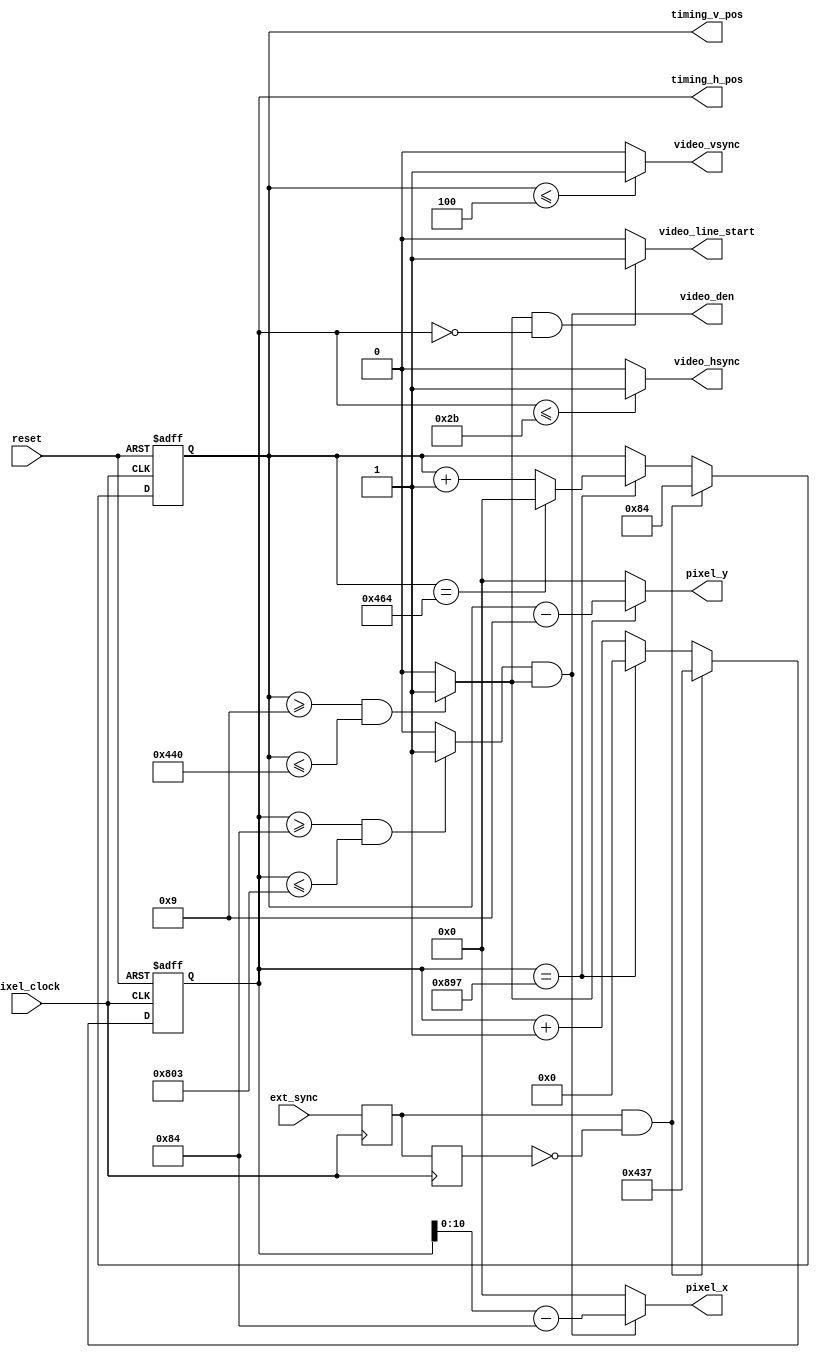
// ==================================================
//  ____         _                ____                      
// | __ )  _ __ (_)  __ _  _ __  / ___|  _   _  _ __    ___ 
// |  _ \ | '__|| | / _` || '_ \ \___ \ | | | || '_ \  / _ \
// | |_) || |   | || (_| || | | | ___) || |_| || | | ||  __/
// |____/ |_|   |_| \__,_||_| |_||____/  \__,_||_| |_| \___|
//                                                          
// ==================================================
// Programed By: BrianSune
// Contact: briansune@gmail.com
// ==================================================

`timescale 1ns / 1ps

module video_timing_ctrl#(
	//total visible and blanking pixels per line
	parameter video_hlength = 2200,
	//total visible and blanking lines per frame
	parameter video_vlength = 1125,
	//hsync polarity: true for positive sync, false for negative sync (does not affect framebuffer outputs)
	parameter video_hsync_pol = 1'b1,
	parameter video_hsync_len = 44, //horizontal sync length in pixels
	parameter video_hbp_len = 88, //horizontal back porch length (excluding sync)
	parameter video_h_visible = 1920, //number of visible pixels per line
	//vsync polarity: true for positive sync, false for negative sync
	parameter video_vsync_pol = 1'b1,
	parameter video_vsync_len = 5, //vertical sync length in lines
	parameter video_vbp_len = 4, //vertical back porch length (excluding sync)
	parameter video_v_visible = 1080, //number of visible lines per frame
	parameter sync_v_pos = 132,
	parameter sync_h_pos = 1079
)(
	input wire		pixel_clock,
	//active high async reset
    input wire		reset,
    //External sync input
    input wire		ext_sync,

    //Timing and pixel coordinate outputs
    output wire	[$clog2(video_hlength) - 1 : 0]		timing_h_pos,
    output wire	[$clog2(video_vlength) - 1 : 0]		timing_v_pos,
    output wire	[$clog2(video_h_visible) - 1 : 0]	pixel_x,
    output wire	[$clog2(video_v_visible) - 1 : 0]	pixel_y,

    //Traditional timing signals
    //line_start is like hsync but always active high and only asserted for visible lines and for 1 clock cycle
    output wire		video_vsync,
    output wire		video_hsync,
    output wire		video_den,
    output wire		video_line_start
);
	
	localparam t_hsync_end = video_hsync_len - 1;
	localparam t_hvis_begin = video_hsync_len + video_hbp_len;
	localparam t_hvis_end = t_hvis_begin + video_h_visible - 1;
	localparam t_vsync_end = video_vsync_len - 1;
	localparam t_vvis_begin = video_vsync_len + video_vbp_len;
	localparam t_vvis_end = t_vvis_begin + video_v_visible - 1;
	
	reg	[$clog2(video_hlength) - 1 : 0] h_pos;
	reg	[$clog2(video_vlength) - 1 : 0] v_pos;

	wire	[$clog2(video_h_visible) - 1 : 0]	x_int;
	wire	[$clog2(video_v_visible) - 1 : 0]	y_int;

	wire h_visible, v_visible;
	wire hsync_pos, vsync_pos;
	reg ext_sync_last;
	reg ext_sync_curr;
	
	always@(posedge pixel_clock)begin
		ext_sync_curr <= ext_sync;
		ext_sync_last <= ext_sync_curr;
	end
	
	always@(posedge pixel_clock or posedge reset)begin
		if(reset)begin
			h_pos <= {$clog2(video_hlength){1'b0}};
			v_pos <= {$clog2(video_vlength){1'b0}};
		end else begin
			if(ext_sync_curr & !ext_sync_last)begin
				h_pos <= sync_h_pos;
				v_pos <= sync_v_pos;
			end else begin
				if(h_pos == video_hlength - 1)begin
					h_pos <= {$clog2(video_hlength){1'b0}};
					if(v_pos == video_vlength - 1)begin
						v_pos <= {$clog2(video_vlength){1'b0}};
					end else begin
						v_pos <= v_pos + 1'b1;
					end
				end else begin
					h_pos <= h_pos + 1'b1;
				end
			end
		end
	end
	
	//Visible signals
	assign v_visible = (v_pos >= t_vvis_begin) & (v_pos <= t_vvis_end) ? 1'b1 : 1'b0;
	assign h_visible = (h_pos >= t_hvis_begin) & (h_pos <= t_hvis_end) ? 1'b1 : 1'b0;

	//Pixel coordinates
	assign x_int = (h_visible & v_visible) ? (h_pos - t_hvis_begin) : {$clog2(video_h_visible){1'b0}};
	assign y_int = v_visible ? (v_pos - t_vvis_begin) : {$clog2(video_v_visible){1'b0}};
	//den and line_start signals
	assign video_den = h_visible & v_visible;
	assign video_line_start = v_visible & (h_pos == {$clog2(video_hlength){1'b0}}) ? 1'b1 : 1'b0;
	//Sync signals
	assign vsync_pos = (v_pos <= t_vsync_end) ? 1'b1 : 1'b0;
	assign hsync_pos = (h_pos <= t_hsync_end) ? 1'b1 : 1'b0;
	assign video_vsync = (!video_vsync_pol) ^ vsync_pos;
	assign video_hsync = (!video_hsync_pol) ^ hsync_pos;
	//External outputs
	assign timing_h_pos = h_pos;
	assign timing_v_pos = v_pos;
	assign pixel_x = x_int;
	assign pixel_y = y_int;
  
endmodule